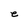
Character: e